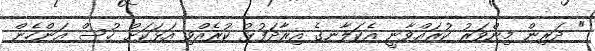
" ދަރިން މިންވަރު ކުރައްވާނީ އެކަލާނގެ އިރާދަފުޅު ކުރެއްވި އަޅަކަށް ހުސް އަންހެން